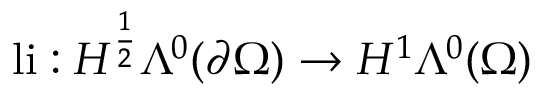
\mathrm { l i } : H ^ { \frac { 1 } { 2 } } \Lambda ^ { 0 } ( \partial \Omega ) \to H ^ { 1 } \Lambda ^ { 0 } ( \Omega )